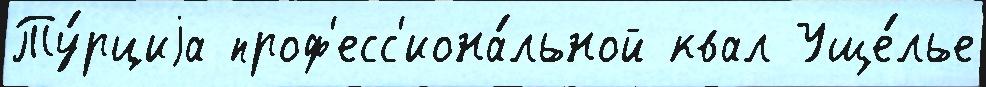
Ту́рциjа проф'есс'иона́льной квал Уще́лье